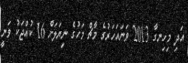
އަދި މިހިނގާ 2013 ވަނައަހަރުގެ މާޗް މަހުގެ ނިޔަލަށް 16 ކުއްޖަކު ވަނީ